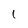
Character: 1